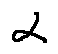
\alpha